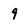
Character: 9